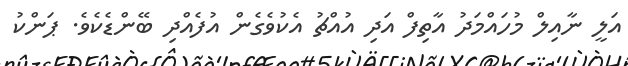
އަލީ ނާއިލް މުހައްމަދު އާތިފް އަދި އުއްޗު އެކުވެގެން އުފެއްދި ބޭންޑެކެވެ. ޕަންކު